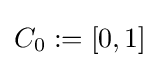
C_{0}:=[0,1]